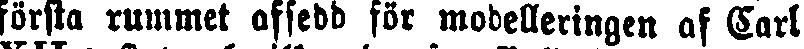
första rummet afsedd för modelleringen af Carl